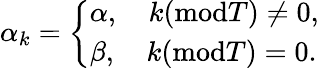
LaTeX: \alpha_{k}=\left\{ \begin{array}{ll}{\alpha,\quad k(\mathrm{mod}T)\not=0,}\\ {\beta,\quad k(\mathrm{mod}T)=0.}\end{array}\right.